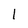
Character: l